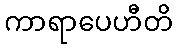
ကာရာပေဟီတိ